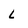
Character: L